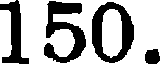
150.